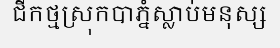
ជីកថ្មស្រុកបាភ្នំស្លាប់មនុស្ស